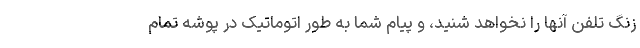
زنگ تلفن آنها را نخواهد شنید، و پیام شما به طور اتوماتیک در پوشه تمام